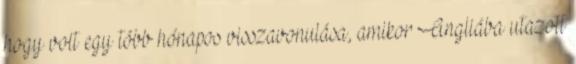
hogy volt egy több hónapos visszavonulása, amikor Angliába utazott